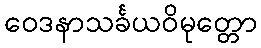
ဝေဒနာသင်္ခယဝိမုတ္တော